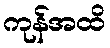
ကုန်အထိ